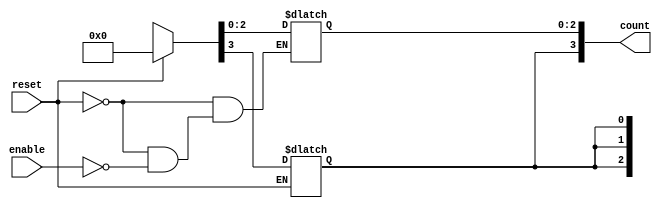
module async_ring_counter (
    input wire reset,       // Asynchronous reset signal
    input wire enable,      // Enable signal to allow counting
    output reg [3:0] count  // 4-bit output representing the state of the counter
);

// Initial state
initial begin
    count = 4'b0001; // Start with the least significant bit set to '1'
end

// Asynchronous reset and counting logic
always @(*) begin
    if (reset) begin
        count = 4'b0000; // Reset all bits to '0'
    end else if (enable) begin
        // Ring counter logic
        count[0] = count[3]; // Feedback from the last flip-flop to the first
        count[1] = count[0]; // Propagate the '1' to the next flip-flop
        count[2] = count[1]; // Continue propagation
        count[3] = count[2]; // Continue propagation
    end
end

endmodule